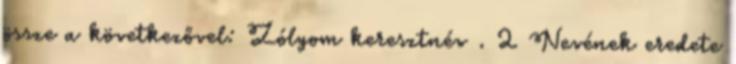
össze a következővel: Zólyom keresztnév . 2 Nevének eredete